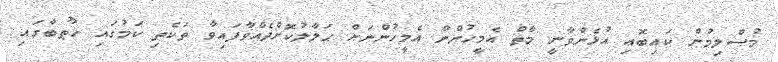
މުސްލިމުން ކައިބޮޢި އުޅެންވާނީ މާތް އެމީހުންން އެމީހުންނަށް ޙަލާލުކޮށްދެއްވާފައިވާ ތަކެތި ކަމުގައި ހުޠުބާގައި